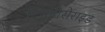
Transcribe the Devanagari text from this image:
ट्रिग्लीसेराइड